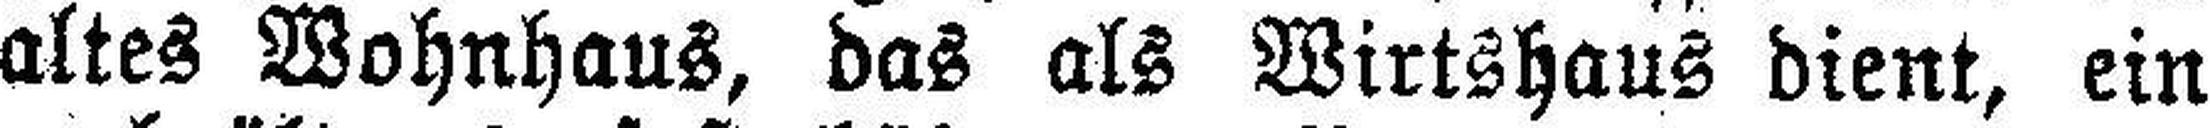
altes Wohnhaus, das als Wirtshaus dient, ein